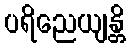
ပရိညေယျန္တိ